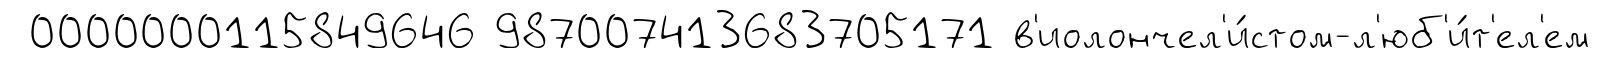
0000000115849646 987007413683705171 в'иолончел'и́стом-л'юб'и́т'ел'ем